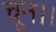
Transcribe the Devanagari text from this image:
चून।।